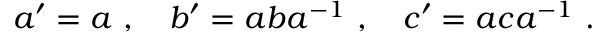
a ^ { \prime } = a ~ , ~ ~ ~ b ^ { \prime } = a b a ^ { - 1 } ~ , ~ ~ ~ c ^ { \prime } = a c a ^ { - 1 } ~ .